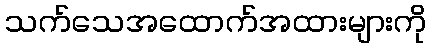
သက်သေအထောက်အထားများကို